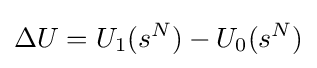
\Delta U=U_{1}(s^{N})-U_{0}(s^{N})